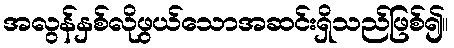
အလွန်နှစ်လိုဖွယ်သောအဆင်းရှိသည်ဖြစ်၍။